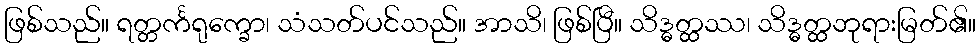
ဖြစ်သည်။ ရတ္တင်္ကရုက္ခော၊ သံသတ်ပင်သည်။ အာသိ၊ ဖြစ်ပြီ။ သိဒ္ဓတ္ထဿ၊ သိဒ္ဓတ္ထဘုရားမြတ်၏။